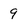
Character: 9